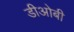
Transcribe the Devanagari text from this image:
डीओबी